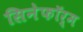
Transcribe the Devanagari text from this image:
सिनेफॉर्म